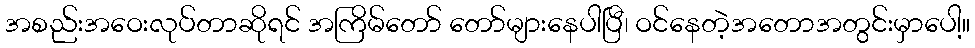
အစည်းအဝေးလုပ်တာဆိုရင် အကြိမ်တော် တော်များနေပါပြီ၊ ဝင်နေတဲ့အတောအတွင်းမှာပေါ့။